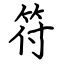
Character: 符